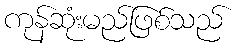
ကုန်ဆုံးမည်ဖြစ်သည်